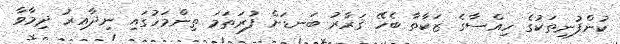
ކުންފުނިތަކުގެ ހިއްސާގެ ޒަކާތާ ބެހޭ ޤަރާރު ބަނޑަށް ފުރަތަމަ ތިންމަހުގައި ނިދާއިރު ދިމާވާ